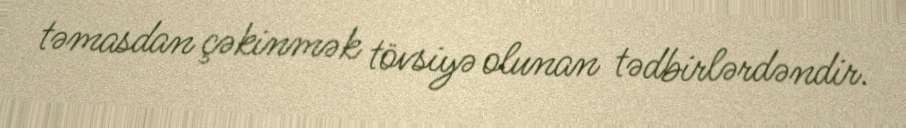
təmasdan çəkinmək tövsiyə olunan tədbirlərdəndir.